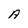
Character: A